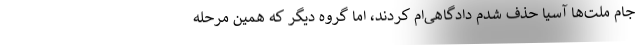
جام ملت‌ها آسیا حذف شدم دادگاهی‌ام کردند، اما گروه دیگر که همین مرحله